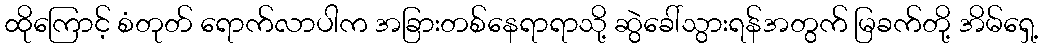
ထိုကြောင့် စံတုတ် ရောက်လာပါက အခြားတစ်နေရာရာသို့ ဆွဲခေါ်သွားရန်အတွက် မြခက်တို့ အိမ်ရှေ့